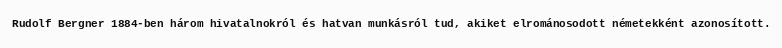
Rudolf Bergner 1884-ben három hivatalnokról és hatvan munkásról tud, akiket elrománosodott németekként azonosított.